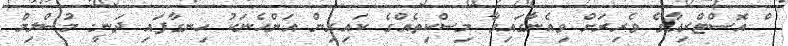
ްް އޮސްޓްރިއާގެ ވެރިރަށް ވިއެނާގައިވާ މިސްކިތެއްގެ ކައިރިން އަންހެނަކު ހިނގާފައި ދަނީ. މުސްލިމް